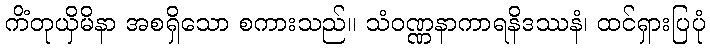
ကိံတုယှိမိနာ အစရှိသော စကားသည်။ သံဝဏ္ဏနာကာရနိဒဿနံ၊ ထင်ရှားပြပုံ